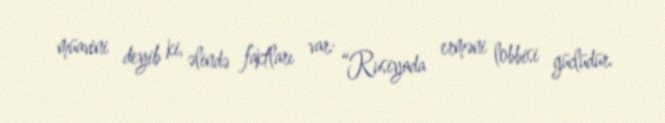
müavini deyib ki, əlində faktları var: “Rusiyada erməni lobbisi güclüdür.